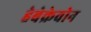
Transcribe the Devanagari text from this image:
हेबेक्रेवोन